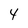
Character: 4